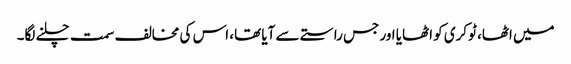
میں اٹھا، ٹوکری کو اٹھایا اور جس راستے سے آیا تھا، اس کی مخالف سمت چلنے لگا۔